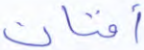
أفنان